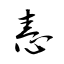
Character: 恚